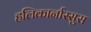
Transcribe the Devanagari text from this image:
हलिकार्नास्सुस